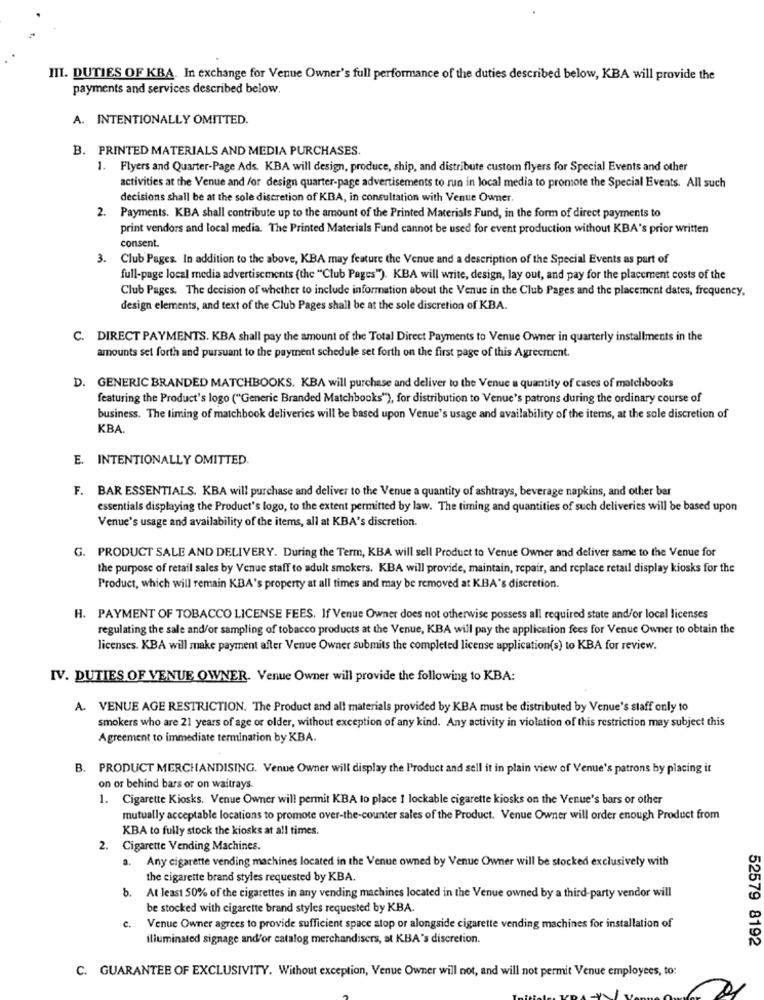
III. DUTIES OF KBA. In exchange for Venue Owner's full performance of the duties described below, KBA will provide the
payments and services described below.
A. INTENTIONALLY OMITTED.
B. PRINTED MATERIALS AND MEDIA PURCHASES.
1. Flyers and Quarter-Page Ads. KBA will design, produce, ship, and distribute custom flyers for Special Events and other
activities at the Venue and /or design quarter-page advertisements to run in local media to promote the Special Events. All such
decisions shall be at the sole discretion of KBA, in consultation with Venue Owner
2.
Payments. KBA shall contribute up to the amount of the Printed Materials Fund, in the form of direct payments to
print vendors and local media. The Printed Materials Fund cannot be used for event production without KBA's prior written
consent.
3.
Club Pages. In addition to the above, KBA may feature the Venue and a description of the Special Events as part of
full-page local media advertisements (the "Club Pages"). KBA will write, design, lay out, and pay for the placement costs of the
Club Pages. The decision of whether to include information about the Venue in the Club Pages and the placement dates, frequency,
design elements, and text of the Club Pages shall be at the sole discretion of KBA.
C. DIRECT PAYMENTS. KBA shall pay the amount of the Total Direct Payments to Venue Owner in quarterly installments in the
amounts set forth and pursuant to the payment schedule set forth on the first page of this Agreement.
D. GENERIC BRANDED MATCHBOOKS. KBA will purchase and deliver to the Venue a quantity of cases of matchbooks
featuring the Product's logo ("Generic Branded Matchbooks"), for distribution to Venue's patrons during the ordinary course of
business. The timing of matchbook deliveries will be based upon Venue's usage and availability of the items, at the sole discretion of
KBA.
E. INTENTIONALLY OMITTED.
F. BAR ESSENTIALS. KBA will purchase and deliver to the Venue a quantity of ashtrays, beverage napkins, and other bar
essentials displaying the Product's logo, to the extent permitted by law. The timing and quantities of such deliveries will be based upon
Venue's usage and availability of the items, all at KBA's discretion.
G. PRODUCT SALE AND DELIVERY. During the Term, KBA will sell Product to Venue Owner and deliver same to the Venue for
the purpose of retail sales by Venue staff to adult smokers. KBA will provide, maintain, repair, and replace retail display kiosks for the
Product, which will remain KBA's property at all times and may be removed at KBA's discretion.
H. PAYMENT OF TOBACCO LICENSE FEES. If Venue Owner does not otherwise possess all required state and/or local licenses
regulating the sale and/or sampling of tobacco products at the Venue, KBA will pay the application fees for Venue Owner to obtain the
licenses. KBA will make payment after Venue Owner submits the completed license application(s) to KBA for review.
IV. DUTIES OF VENUE OWNER. Venue Owner will provide the following to KBA:
A. VENUE AGE RESTRICTION. The Product and all materials provided by KBA must be distributed by Venue's staff only to
smokers who are 21 years of age or older, without exception of any kind. Any activity in violation of this restriction may subject this
Agreement to immediate termination by KBA.
B. PRODUCT MERCHANDISING. Venue Owner will display the Product and sell it in plain view of Venue's patrons by placing it
on or behind bars or on waitrays.
1. Cigarette Kiosks. Venue Owner will permit KBA to place 1 lockable cigarette kiosks on the Venue's bars or other
mutually acceptable locations to promote over-the-counter sales of the Product. Venue Owner will order enough Product from
KBA to fully stock the kiosks at all times.
. Cigarette Vending Machines.
2
a.
Any cigarette vending machines located in the Venue owned by Venue Owner will be stocked exclusively with
the cigarette brand styles requested by KBA.
At least 50% of the cigarettes in any vending machines located in the Venue owned by a third-party vendor will
be stocked with cigarette brand styles requested by KBA.
c.
Venue Owner agrees to provide sufficient space atop or alongside cigarette vending machines for installation of
illuminated signage and/or catalog merchandisers, at KBA's discretion.
52579 8192
C. GUARANTEE OF EXCLUSIVITY. Without exception, Venue Owner will not, and will not permit Venue employees, to: